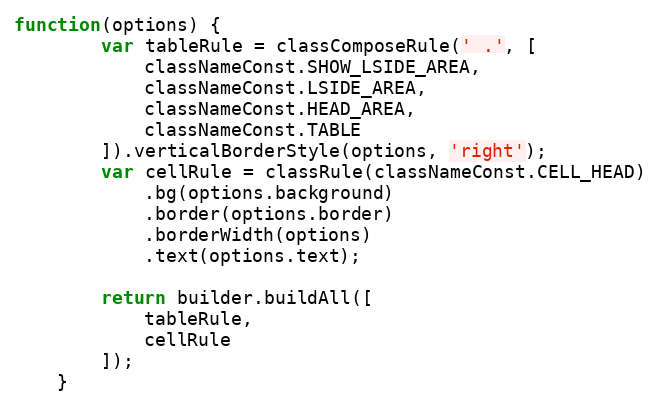
Language: JavaScript
function(options) {
        var tableRule = classComposeRule(' .', [
            classNameConst.SHOW_LSIDE_AREA,
            classNameConst.LSIDE_AREA,
            classNameConst.HEAD_AREA,
            classNameConst.TABLE
        ]).verticalBorderStyle(options, 'right');
        var cellRule = classRule(classNameConst.CELL_HEAD)
            .bg(options.background)
            .border(options.border)
            .borderWidth(options)
            .text(options.text);

        return builder.buildAll([
            tableRule,
            cellRule
        ]);
    }